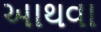
આથવા